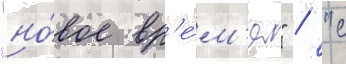
"но́вое вр'е́м'я" / "с